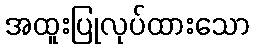
အထူးပြုလုပ်ထားသော